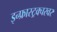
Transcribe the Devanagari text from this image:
इन्फ्रास्ट्रक्चरवर